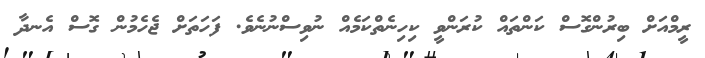
ރީމްއަށް ބިރުންގޮސް ކަންތައް ކުރަންވީ ކިހިނެތްކަމެއް ނުވިސްނުނެވެ. ފަހަތަށް ޖެހެމުން ގޮސް އެނދާ